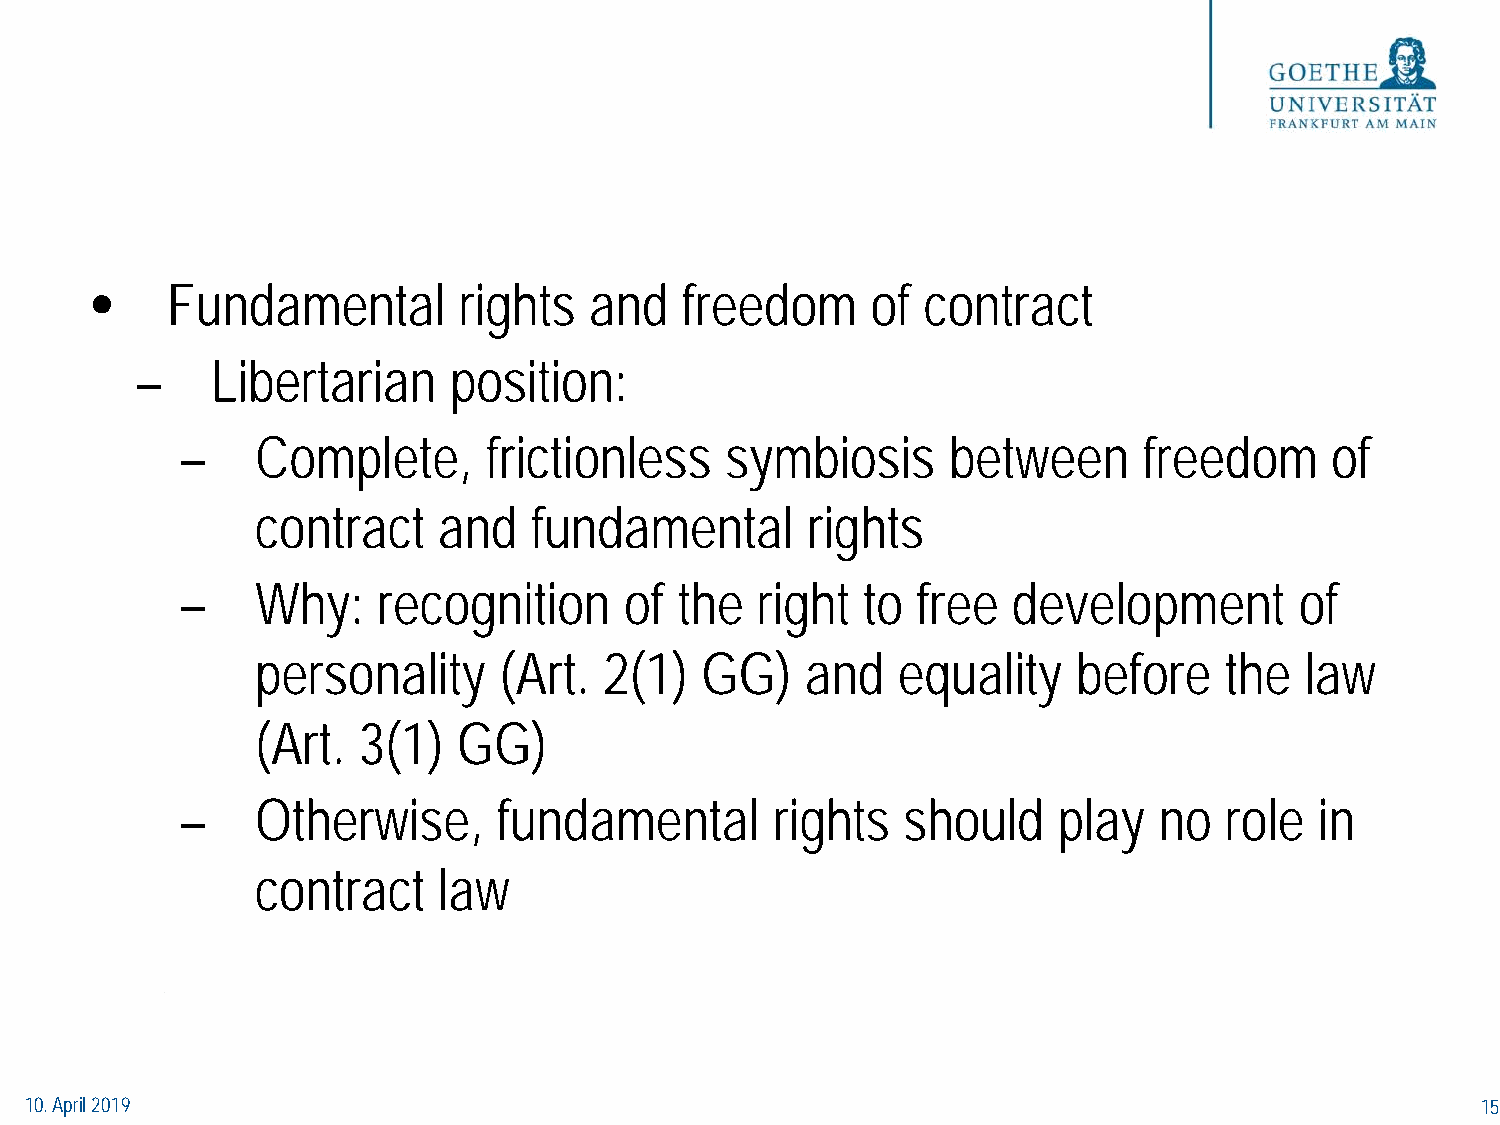
•    Fundamental        rights   and   freedom      of contract
 –    Libertarian     position:
 –    Complete,      frictionless    symbiosis      between      freedom     of
 contract    and   fundamental       rights
 –    Why:    recognition     of  the  right  to  free  development        of
 personality     (Art.  2(1)  GG)    and   equality    before    the  law
 (Art.  3(1)  GG)
 –    Otherwise,      fundamental       rights   should    play   no  role  in
 contract    law
 10. April 2019                                                                                  15